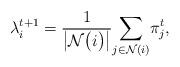
LaTeX: \begin{align*}\lambda_{i}^{t+1}=\frac{1}{\bigl|\mathcal{N}\bigl(i\bigr)\bigr|}\underset{j\in\mathcal{N}(i)}{\sum}\pi_{j}^{t},\end{align*}